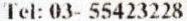
TEL: 03- 55423228